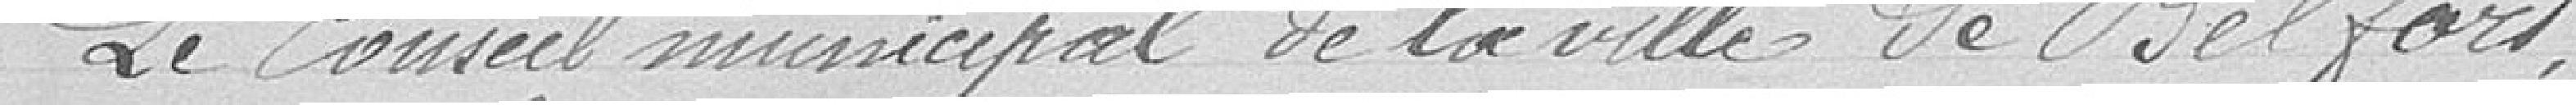
Le Conseil municipal de la ville de Belfort,